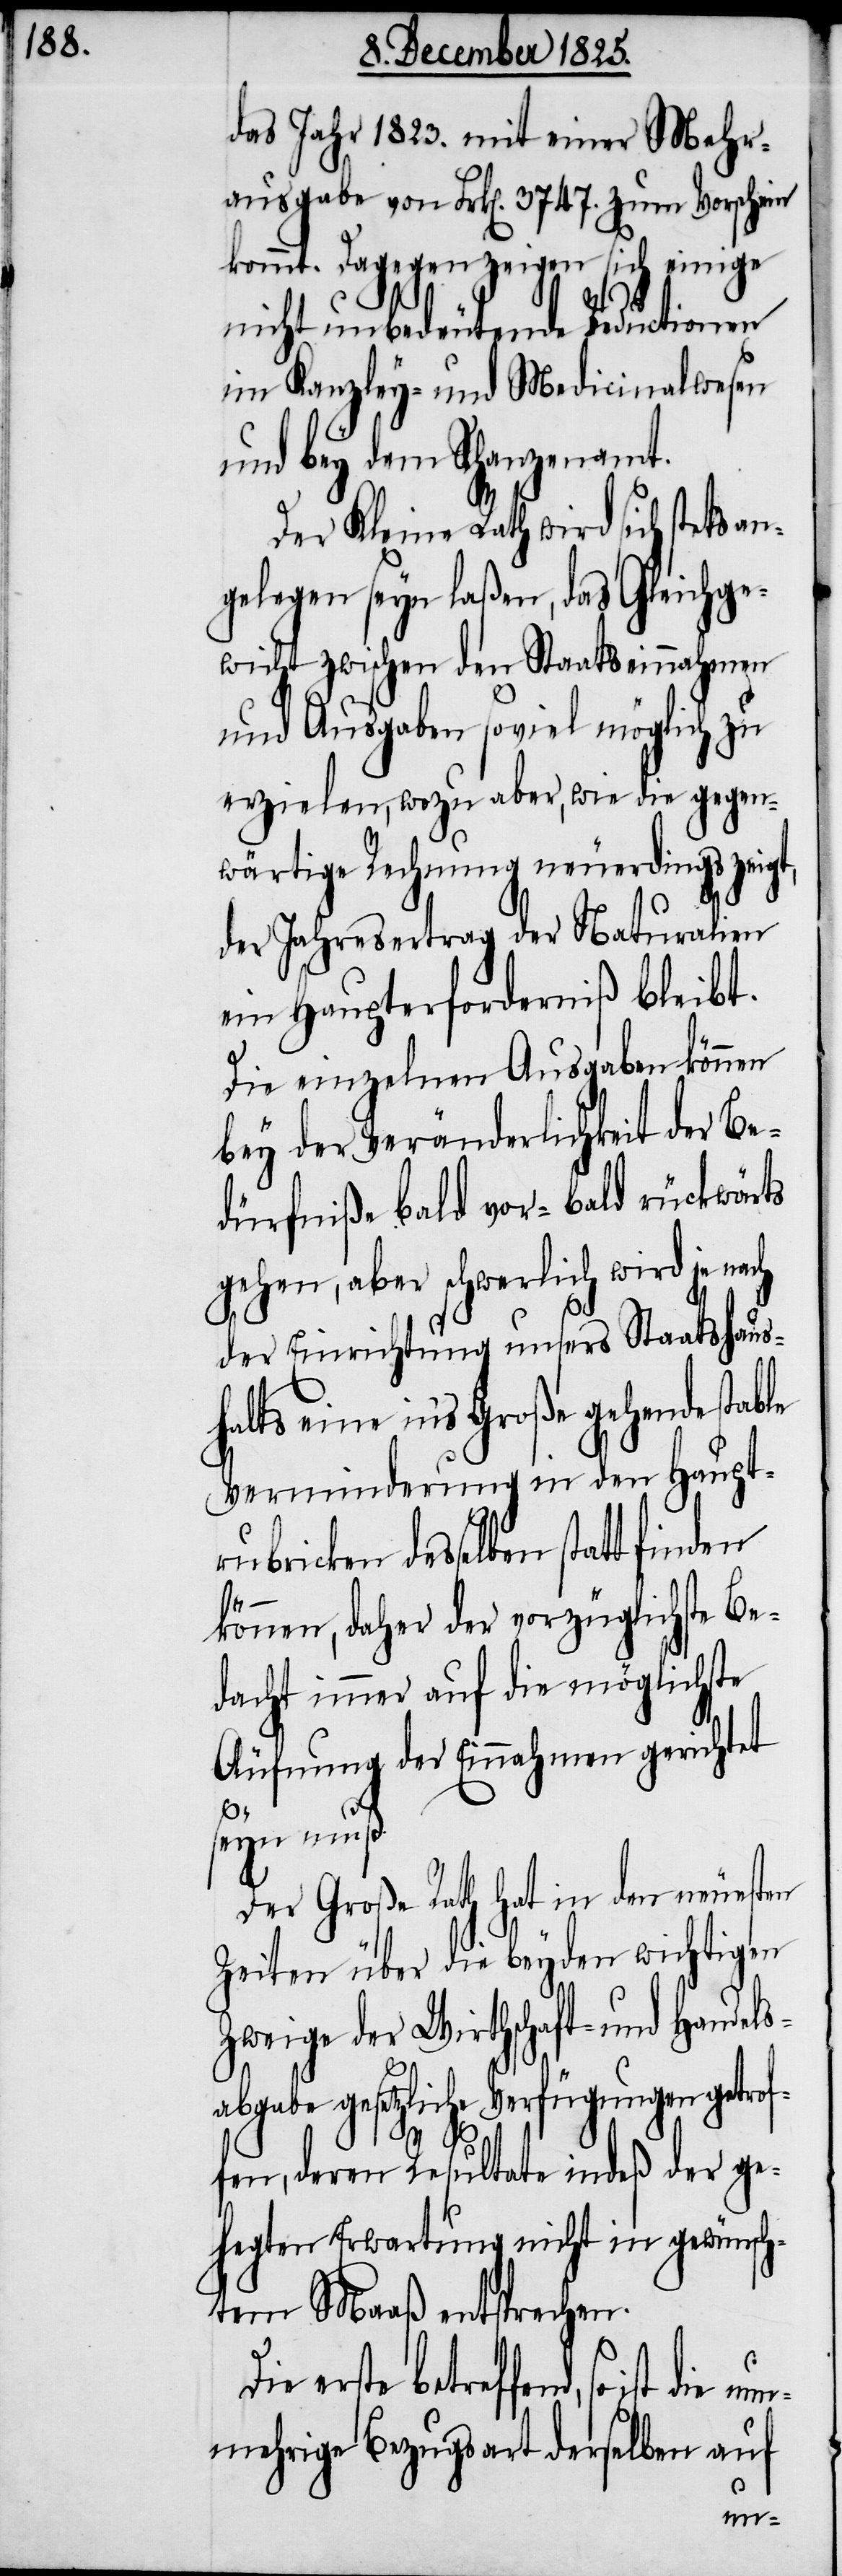
das Jahr 1823. mit einer Mehr¬
ausgabe von Frk[en]. 3747. zum Vorschein
kommt. Dagegen zeigen sich einige
nicht unbedeutende Reductionen
im Kanzley- und Medicinalwesen
und bey dem Schanzenamt.
Der Kleine Rath wird sich stets a¬
ngelegen seyn laßen, das Gleichge¬
wicht zwischen den Staatseinnahmen
und Ausgaben soviel möglich zu
erzielen, wozu aber, wie die gegen¬
wärtige Rechnung neuerdings zeigt,
der Jahresertrag der Naturalien
ein Haupterforderniß bleibt.
Die einzelnen Ausgaben können
bey der Veränderlichkeit der Be¬
dürfniße bald vor- bald rückwärts
gehen, aber schwerlich wird je nach
der Einrichtung unsers Staatshaus¬
halts eine in‘s Große gehende stable
Verminderung in den Haupt¬
rubriken desselben statt
abg¬
können, daher der vorzüglichste Be¬
dacht immer auf die möglichste
Äufnung der Einnahmen gerichtet
seyn muß.
Der Große Rath hat in den neuesten
Zeiten über die beyden wichtigen
Zweige der Wirthschaft- und Handels¬
abe gesetzliche Verfügungen getro¬
ffen, deren Resultate indeß der ge¬
hegten Erwartung nicht in gewünsch¬
tem Maaß entsprechen.
erste betreffend, so ist die
nunmehrige Bezugsart derselben